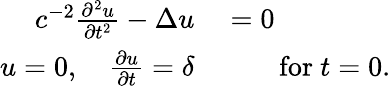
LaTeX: \begin{array}{rl}{c^{-2}{\frac{\partial^{2}u}{\partial t^{2}}}-\Delta u}&{{}=0}\\ {u=0,\quad{\frac{\partial u}{\partial t}}=\delta}&{{}\qquad{\mathrm{for~}}t=0.}\end{array}